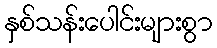
နှစ်သန်းပေါင်းများစွာ